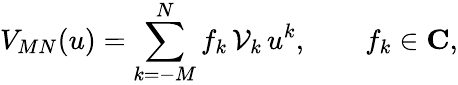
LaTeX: V_{MN}(u)=\sum_{k=-M}^{N}f_{k}\, {\cal V}_{k}\, u^{k},\qquad f_{k}\in{\mathbf C},